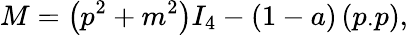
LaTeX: M=\left(p^{2}+m^{2}\right)I_{4}-(1-a)\left(p_{\cdot}p\right),